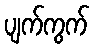
ပျက်ကွက်